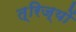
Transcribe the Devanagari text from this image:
त्रिज्यों